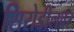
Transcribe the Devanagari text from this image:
सिरोडीलवर